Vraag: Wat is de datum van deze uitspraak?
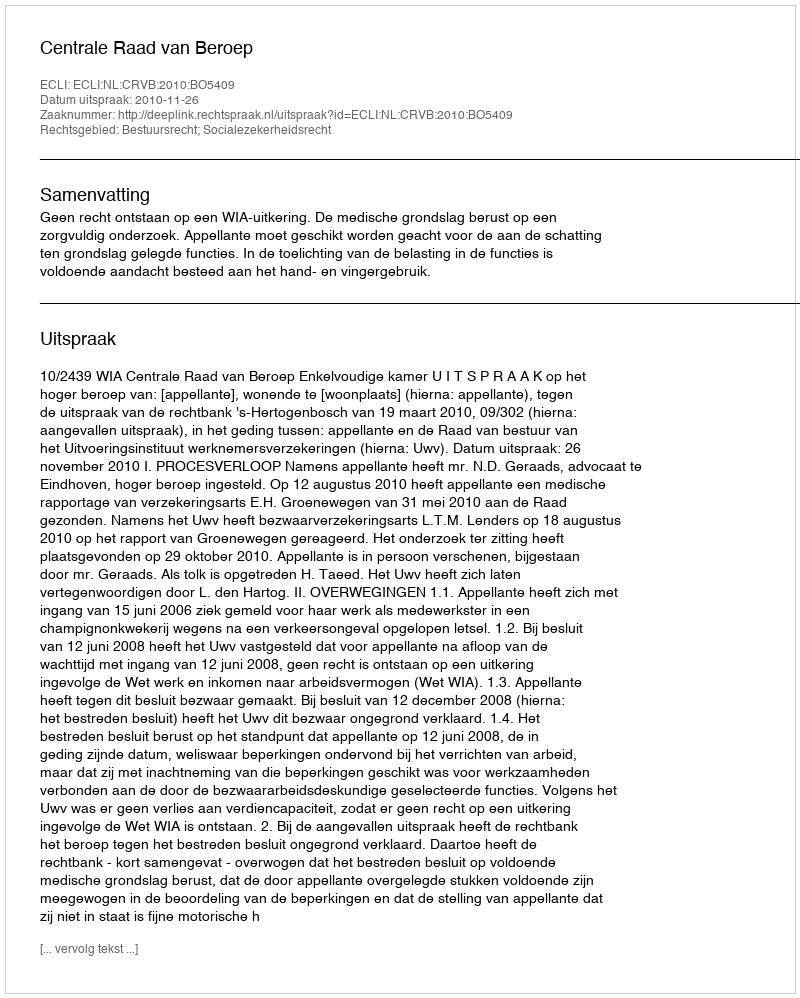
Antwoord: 2010-11-26